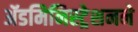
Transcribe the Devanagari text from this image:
ॲडमिनिस्ट्रेशनने